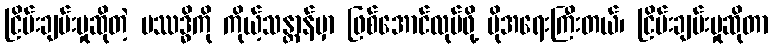
ငြိမ်းချမ်းမှုဆိုတဲ့ ပဿဒ္ဓိကို ကိုယ့်သန္တာန်မှာ ဖြစ်အောင်လုပ်ဖို့ ပိုအရေးကြီးတယ်၊ ငြိမ်းချမ်းမှုဆိုတာ